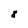
Character: 8